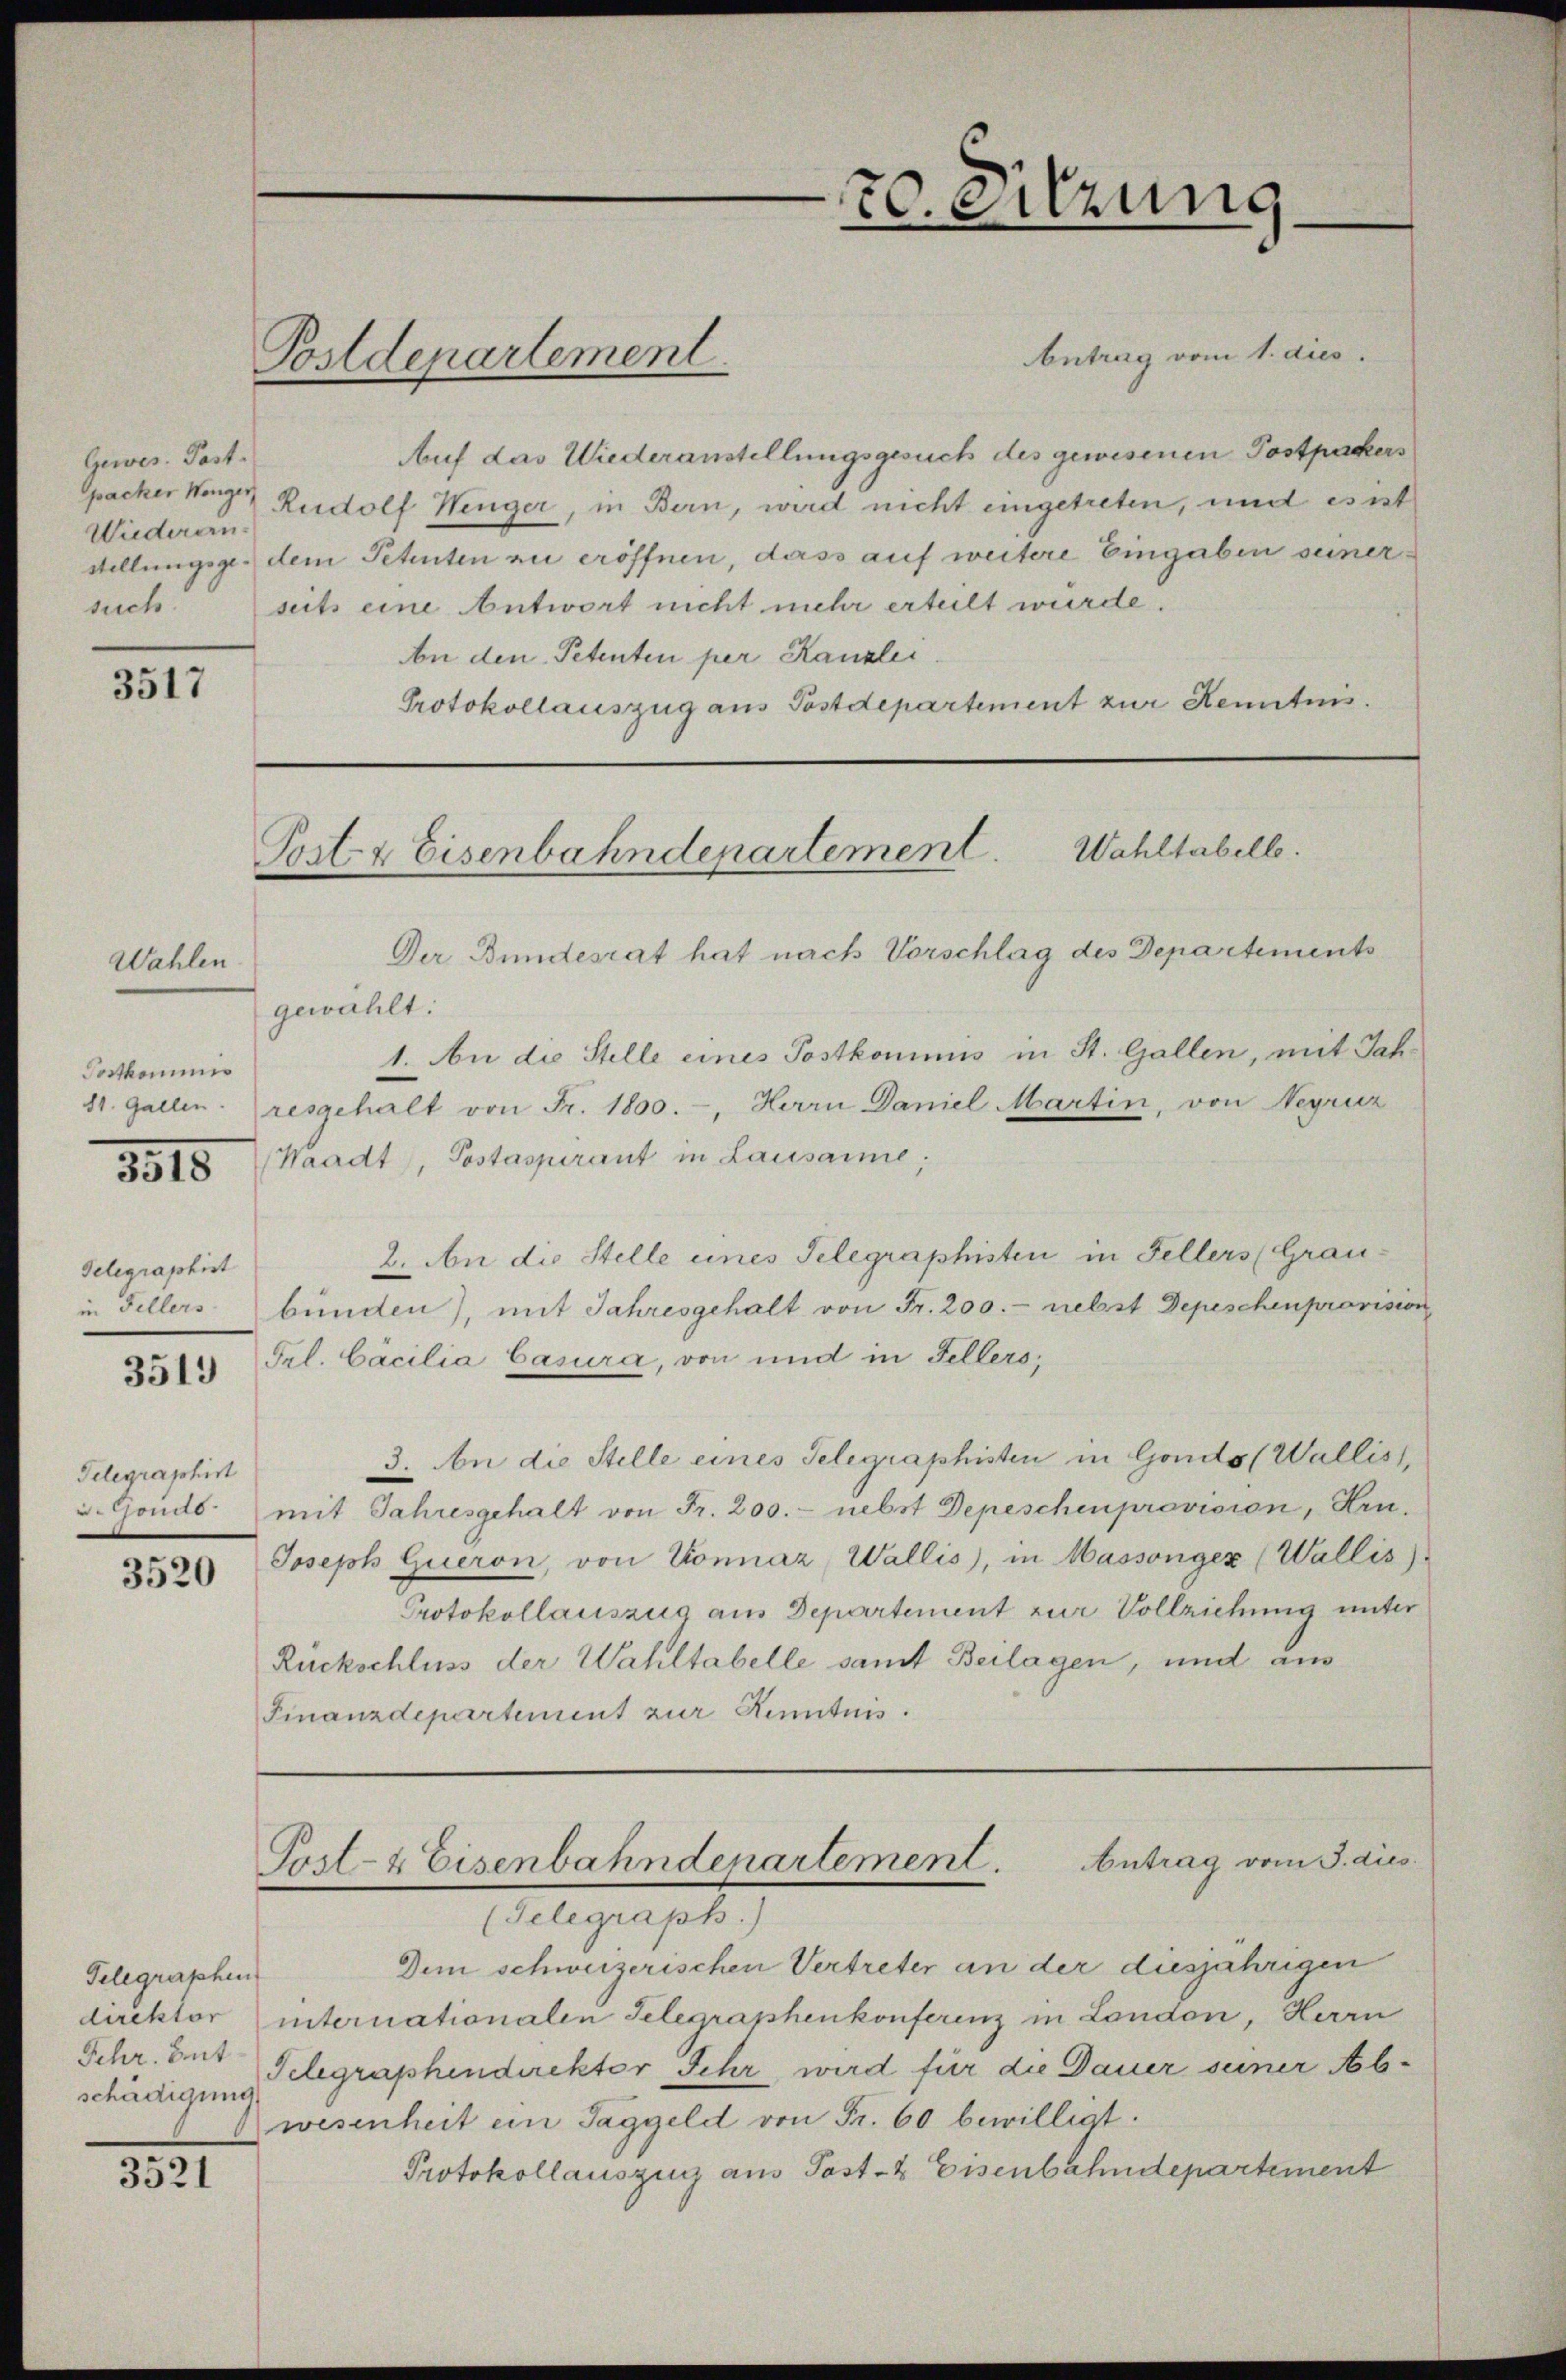
Gewes. Post.
packer Wenger,
Wiederen
such.

3517

Wahlen
Postkommis
1815

Gelegraphist
3513

Telegraphirt
. Jonas
3520

.

Telegraphen
Schr. Ant.

3521

Antrag vom 1. dies
Auf das Wiederanstellungsgesuch des gewesenen Postpackers
Rudolf Wenger, in Bern, wird nicht eingetreten, und es ist
stellungsge- dem Petenten zu eröffnen, dass auf weitere Eingaben seinerseits eine Antwort nicht mehr erteilt würde.
An den Petenten per Kanzlei
Protokollauszug aus Postdepartement zur Kenntnis.

Postdepartement

70. Sitzung
e

Post- & Eisenbahndepartement. Wahltabelle.

Der Bundesrat hat nach Vorschlag des Departements
gewählt:
1. An die Stelle eines Postkominus in St. Gallen, mit Jah¬
11. Gallen resgehalt von Fr. 1800.-, Herrn Daniel Martin, von Negruz
(Waadt, Postaspirant in Lausamme;
2. An die Stelle eines Telegraphisten in Fellers (Grauin Fellers bünden), mit Jahresgehalt von Fr. 200.- nebst Depeschenprovision
Frl. Cäcilia Casura, von und in Fellers,
3. An die Stelle eines Telegraphisten in Gonds (Wallist,
mit Jahresgehalt von Fr. 200.- nebst Depeschenprovision, Hrn.
Joseph Gueron, von Konnáz, Wallis, in Massongex (Wallis).
Protokollauszug aus Departement zur Vollziehung unter
Rückschluss der Wahltabelle samt Beilagen, und aus
Finanzdepartement zur Kenntnis.

Antrag vom 3. dies
Post- & Eisenbahndenartement.

Anliegen hat
Dem schweizerischen Vertreter an der diesjährigen
direktor internationalen Telegraphenkonferenz in London, Herrn
schädigung begraphendirektor Sehr wird für die Dauer seiner Abwesenheit ein Taggeld von Fr. 60 bewilligt.
Protokollauszug aus Post- & Eisenbahndepartement